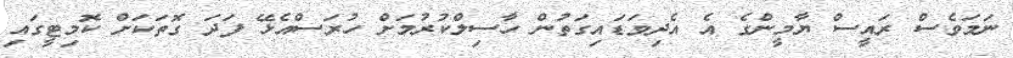
ނަމަވެސް ރައީސް ޔާމީންގެ އެ އެދިވަޑައިގަތުން ހާސިލްކުރުމަށް ހުރަސްއެޅޭ ފަދަ ގޮތަކަށް ކޮމިޓީގައި